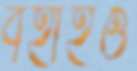
বহাইও